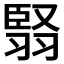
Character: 𮋅